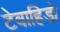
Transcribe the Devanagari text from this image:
टेवाहिडो